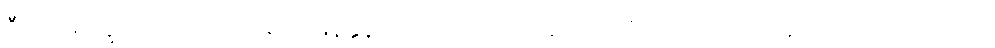
ဦးပါမောက္ခအား ထုတ်လုပ်မှုအမြန်နှုန်းကို တက်ရောက်ခဲ့တယ်လို့ တောတောင်ထူထပ်သည့် သားသေ